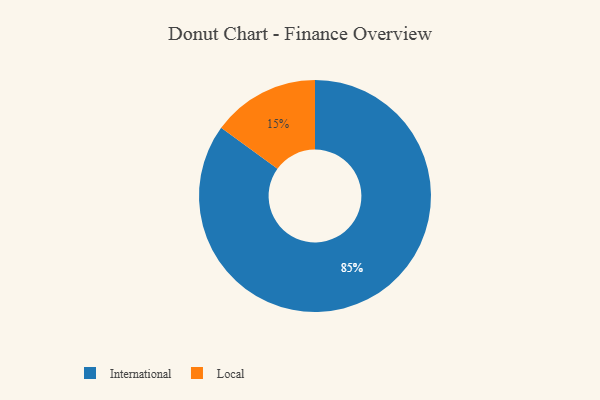
{"axis": {"x": "Category", "y": "Percentage"}, "legend": ["International", "Local"], "data": [{"x": "Local", "y": 15, "type": "Local"}, {"x": "International", "y": 85, "type": "International"}]}